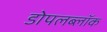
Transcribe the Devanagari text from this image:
डोपलब्लॉक